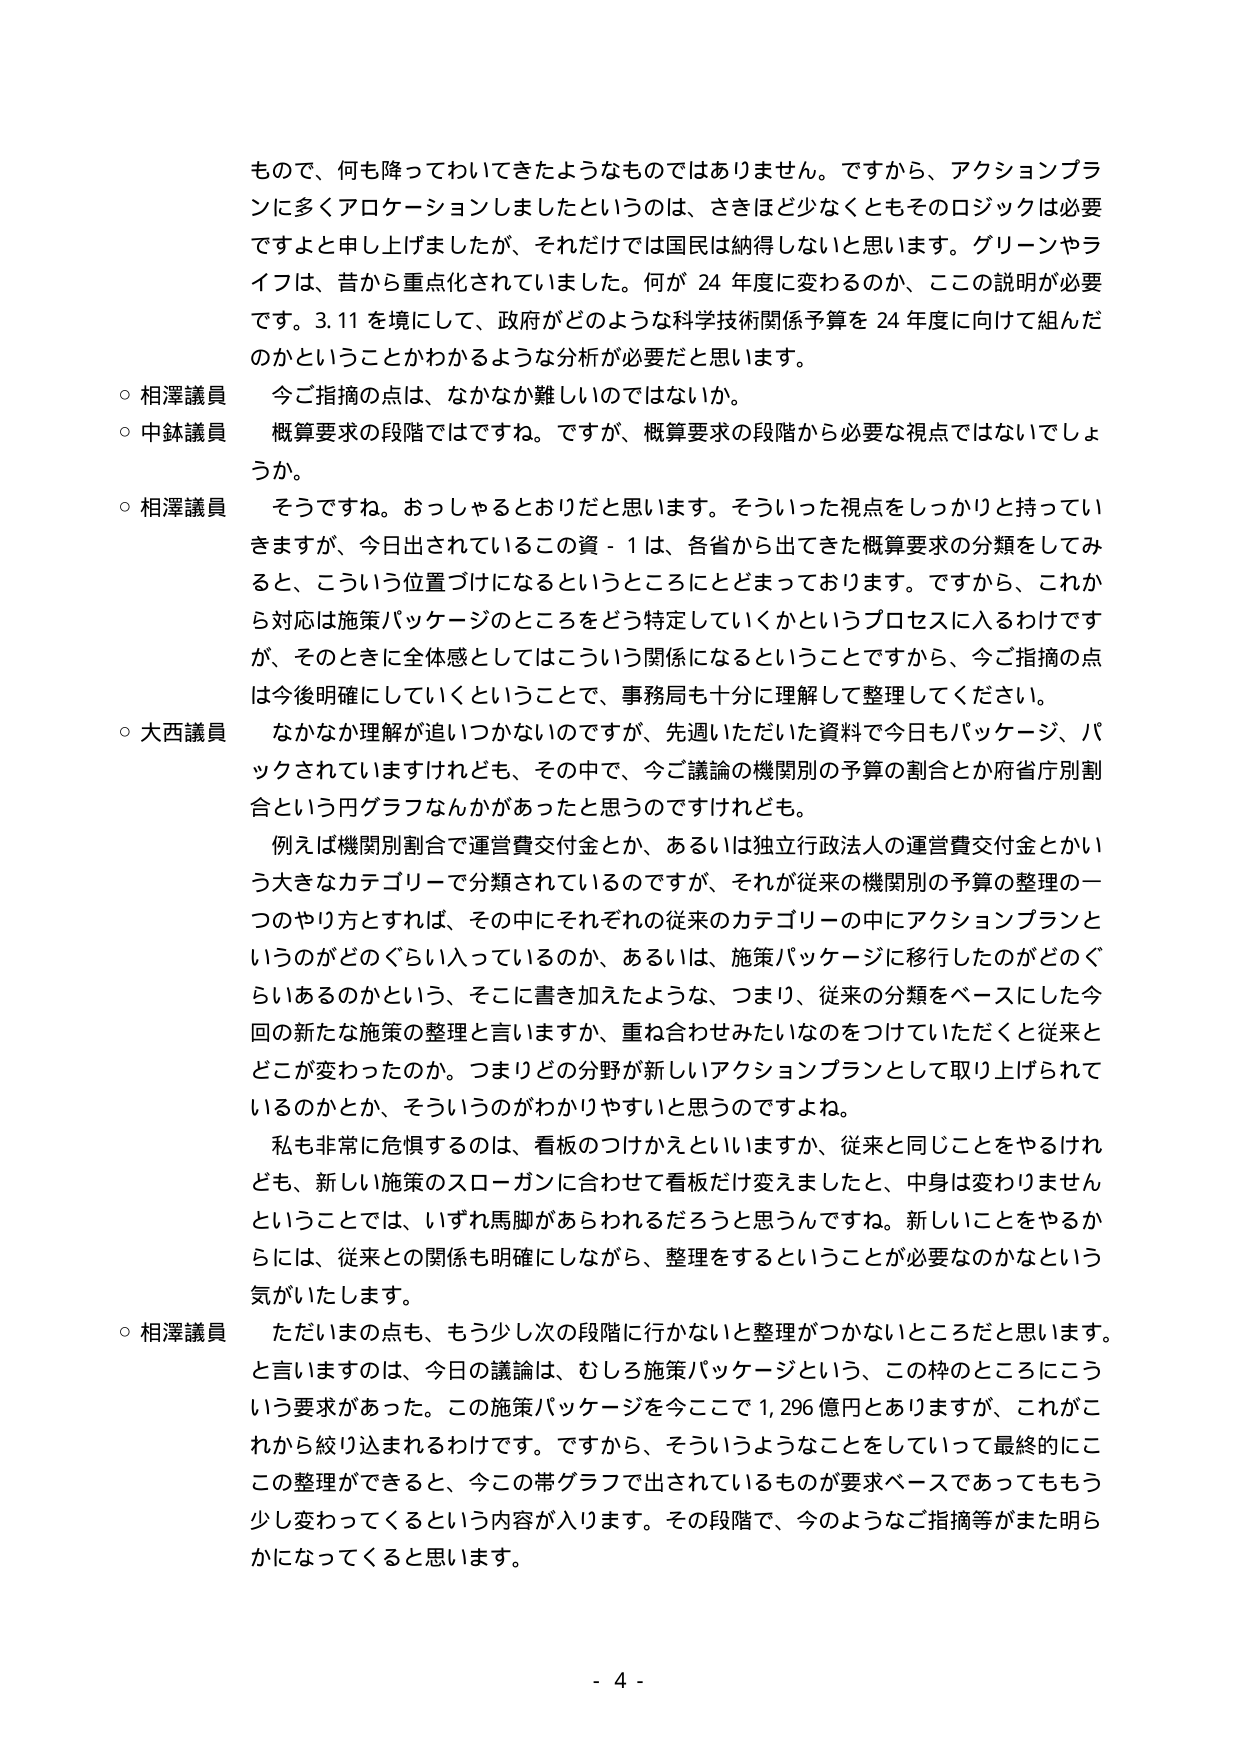
もので、何も降ってわいてきたようなものではありません。ですから、アクションプランに多くアロケーションしましたというのは、さきほど少なくともそのロジックは必要ですよと申し上げましたが、それだけでは国民は納得しないと思います。グリーンやライフは、昔から重点化されていました。何が 24 年度に変わるのか、ここの説明が必要です。3.11 を境にして、政府がどのような科学技術関係予算を 24 年度に向けて組んだのかということかわかるような分析が必要だと思います。

○ 相澤議員　今ご指摘の点は、なかなか難しいのではないか。

○ 中鉢議員　概算要求の段階ではですね。ですが、概算要求の段階から必要な視点ではないでしょうか。

○ 相澤議員　そうですね。おっしゃるとおりだと思います。そういった視点をしっかりを持っていきますが、今日出されているこの資 - 1 は、各省から出てきた概算要求の分類をしてみると、こういう位置づけになるというところにとどまっております。ですから、これから対応は施策パッケージのところをどう特定していくかというプロセスに入るわけですが、そのときに全体感としてはこういう関係になるということですから、今ご指摘の点は今後明確にしていくということで、事務局も十分に理解して整理してください。

○ 大西議員　なかなか理解が追いつかないのですが、先週いただいた資料で今日もパッケージ、パックされていますけれども、その中で、今ご議論の機関別の予算の割合とか府省庁別割合という円グラフなんかがあったと思うのですけれども。

　例えば機関別割合で運営費交付金とか、あるいは独立行政法人の運営費交付金とかいう大きなカテゴリーで分類されているのですが、それが従来の機関別の予算の整理の一つのやり方とすれば、その中にそれぞれの従来のカテゴリーの中にアクションプランというのがどのぐらい入っているのか、あるいは、施策パッケージに移行したのがどのぐらいあるのかという、そこに書き加えたような、つまり、従来の分類をベースにした今回の新たな施策の整理と言いますか、重ね合わせみたいなをつけいていただくと従来とどこが変わったのか。つまりどの分野が新しいアクションプランとして取り上げられているのかとか、そういうのがわかりやすいと思うのですよね。

　私も非常に危惧するのは、看板のつけかえといいますか、従来と同じことをやるけれども、新しい施策のスローガンに合わせて看板だけ変えましたと、中身は変わりませんということでは、いずれ馬脚があらわれるだろうと思うんですね。新しいことをやるからには、従来との関係も明確にしながら、整理をするということが必要なのかなという気がいたします。

○ 相澤議員　ただいまの点も、もう少し次の段階に行かないと整理がつかないところだと思います。と言いますのは、今日の議論は、むしろ施策パッケージという、この枠のところにこういう要求があった。この施策パッケージを今ここで 1,296 億円とありますが、これがこれから絞り込まれるわけです。ですから、そういうようなことをしていって最終的にここの整理ができると、今この帯グラフで出されているものが要求ベースであってももう少し変わってくるという内容が入ります。その段階で、今のようなご指摘等がまた明らかになってくると思います。

- 4 -